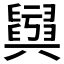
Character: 𦦫